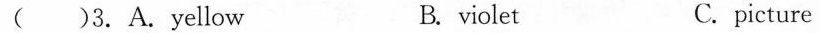
( )3. A.yellow B. violet C.picture